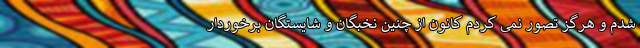
شدم و هرگز تصور نمی کردم کانون از چنین نخبگان و شایستگان برخوردار